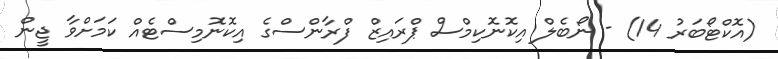
(އޮކްޓޯބަރު 14) - ނޯބެލް އިކޮނޮކިމްސް ޕްރައިޒް ފްރާންސްގެ އިކޮނޮމިސްޓެއް ކަމަށްވާ ޖީން